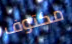
مكتوف